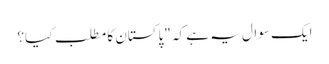
ایک سوال یہ ہے کہ "پاکستان کا مطلب کیا؟